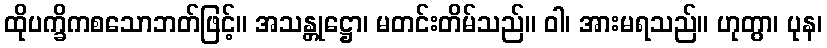
ထိုပက္ခိကစသောဘတ်ဖြင့်။ အသန္တုဋ္ဌော၊ မတင်းတိမ်သည်။ ဝါ၊ အားမရသည်။ ဟုတွာ၊ ပုန၊